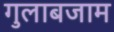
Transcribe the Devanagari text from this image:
गुलाबजाम